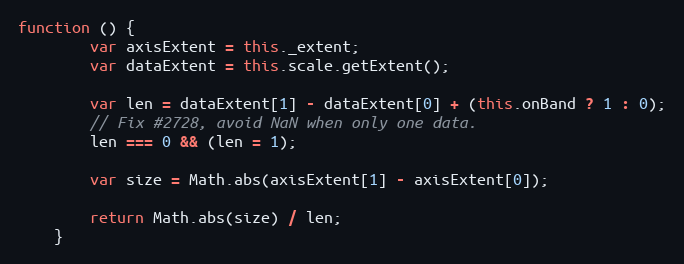
Language: JavaScript
function () {
        var axisExtent = this._extent;
        var dataExtent = this.scale.getExtent();

        var len = dataExtent[1] - dataExtent[0] + (this.onBand ? 1 : 0);
        // Fix #2728, avoid NaN when only one data.
        len === 0 && (len = 1);

        var size = Math.abs(axisExtent[1] - axisExtent[0]);

        return Math.abs(size) / len;
    }